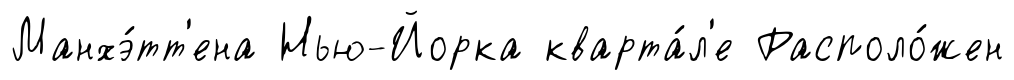
Манхэ́тт'ена Нью-Йорка кварта́л'е Располо́жен